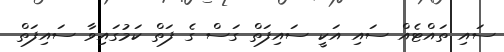
ސައި ތައްޓެއް ސައި އަކީ ސައިފަތް ގަސް ގެ ފަތް ކަމުގައިވާ ސައިފަތް